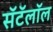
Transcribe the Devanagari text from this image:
सॅटॅलॉल